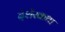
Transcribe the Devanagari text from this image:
देशेरकथा